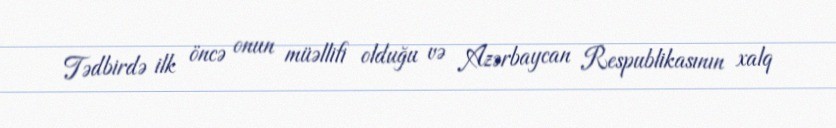
Tədbirdə ilk öncə onun müəllifi olduğu və Azərbaycan Respublikasının xalq